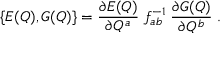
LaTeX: \{ E ( Q ) , G ( Q ) \} = { \frac { { \partial E ( Q ) } } { { \partial Q ^ { a } } } } \; f _ { a b } ^ { - 1 } \; { \frac { { \partial G ( Q ) } } { { \partial Q ^ { b } } } \; . }